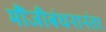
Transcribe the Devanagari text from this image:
मौंजीबंधनानंतर